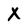
Character: X